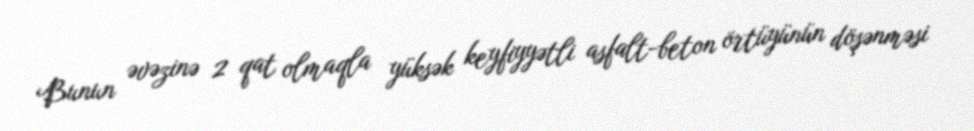
Bunun əvəzinə 2 qat olmaqla yüksək keyfiyyətli asfalt-beton örtüyünün döşənməsi